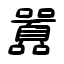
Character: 囂